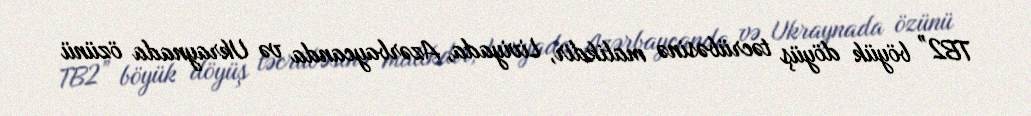
TB2” böyük döyüş təcrübəsinə malikdir, Liviyada, Azərbaycanda və Ukraynada özünü